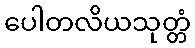
ပေါတလိယသုတ္တံ